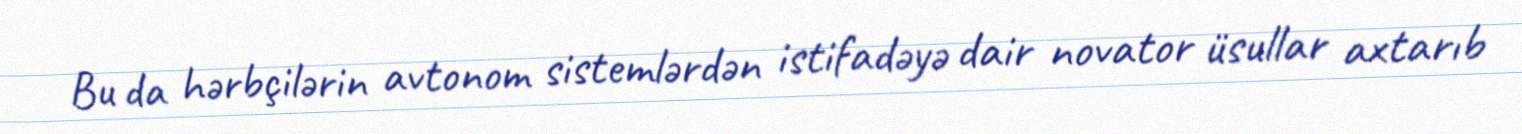
Bu da hərbçilərin avtonom sistemlərdən istifadəyə dair novator üsullar axtarıb